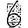
Digit: 6